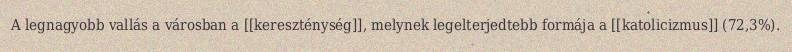
A legnagyobb vallás a városban a [[kereszténység]], melynek legelterjedtebb formája a [[katolicizmus]] (72,3%).